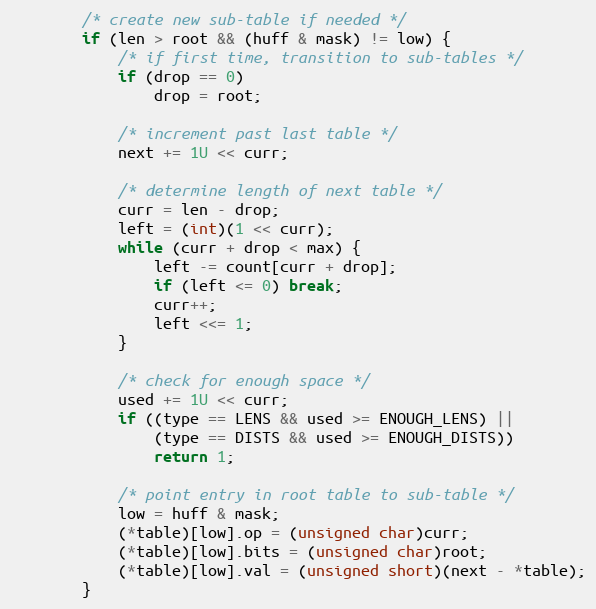
Language: C
        /* create new sub-table if needed */
        if (len > root && (huff & mask) != low) {
            /* if first time, transition to sub-tables */
            if (drop == 0)
                drop = root;

            /* increment past last table */
            next += 1U << curr;

            /* determine length of next table */
            curr = len - drop;
            left = (int)(1 << curr);
            while (curr + drop < max) {
                left -= count[curr + drop];
                if (left <= 0) break;
                curr++;
                left <<= 1;
            }

            /* check for enough space */
            used += 1U << curr;
            if ((type == LENS && used >= ENOUGH_LENS) ||
                (type == DISTS && used >= ENOUGH_DISTS))
                return 1;

            /* point entry in root table to sub-table */
            low = huff & mask;
            (*table)[low].op = (unsigned char)curr;
            (*table)[low].bits = (unsigned char)root;
            (*table)[low].val = (unsigned short)(next - *table);
        }